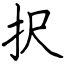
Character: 択